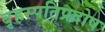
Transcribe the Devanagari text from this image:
बृहस्पतिप्रदोष